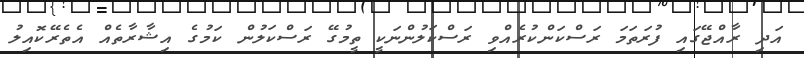
އަދި ރާއްޖޭގައި ފުރަތަމަ ރަސްކަންކުރެއްވި ރަސްކަލުންނަކީ ތީމުގޭ ރަސްކަލުން ކަމުގެ އިޝާރާތެއް އެތެރޭކޮއިލު